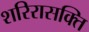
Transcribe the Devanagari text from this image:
शरिरासक्ति